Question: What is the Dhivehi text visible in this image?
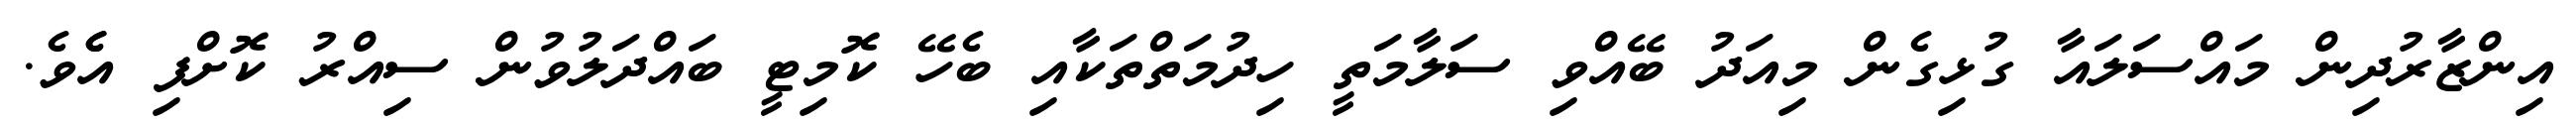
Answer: އިންޒާރުދިން މައްސަލައާ ގުޅިގެން މިއަދު ބޭއްވި ސަލާމަތީ ހިދުމަތްތަކާއި ބެހޭ ކޮމިޓީ ބައްދަލުވުން ސިއްރު ކޮށްފި އެެވެ.